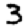
Digit: 3